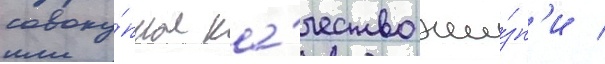
совоку́пное ка́чество жи́зн'и /